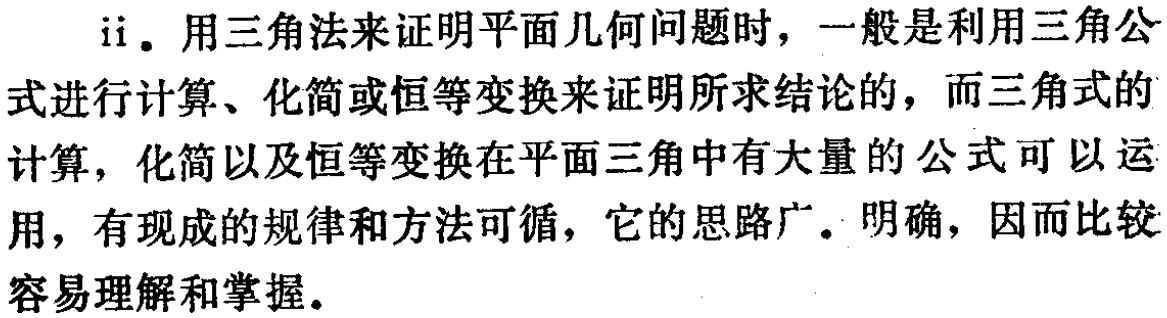
ii. 用三角法来证明平面几何问题时，一般是利用三角公式进行计算、化简或恒等变换来证明所求结论的，而三角式的计算，化简以及恒等变换在平面三角中有大量的公式可以运用，有现成的规律和方法可循，它的思路广。明确，因而比较容易理解和掌握。